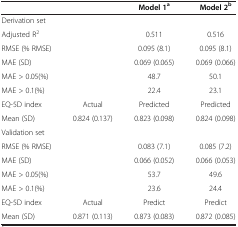
<table><thead><tr><td><b> </b></td><td><b> </b></td><td><b>Model 1<sup>a</sup></b></td><td><b>Model 2<sup>b</sup></b></td></tr></thead><tbody><tr><td>Derivation set</td><td> </td><td> </td><td> </td></tr><tr><td>Adjusted R<sup>2</sup></td><td> </td><td>0.511</td><td>0.516</td></tr><tr><td>RMSE (% RMSE)</td><td> </td><td>0.095 (8.1)</td><td>0.095 (8.1)</td></tr><tr><td>MAE (SD)</td><td> </td><td>0.069 (0.065)</td><td>0.069 (0.066)</td></tr><tr><td>MAE &gt; 0.05(%)</td><td> </td><td>48.7</td><td>50.1</td></tr><tr><td>MAE &gt; 0.1(%)</td><td> </td><td>22.4</td><td>23.1</td></tr><tr><td>EQ-5D index</td><td>Actual</td><td>Predicted</td><td>Predicted</td></tr><tr><td>Mean (SD)</td><td>0.824 (0.137)</td><td>0.823 (0.098)</td><td>0.824 (0.098)</td></tr><tr><td>Validation set</td><td> </td><td> </td><td> </td></tr><tr><td>RMSE (% RMSE)</td><td> </td><td>0.083 (7.1)</td><td>0.085 (7.2)</td></tr><tr><td>MAE (SD)</td><td> </td><td>0.066 (0.052)</td><td>0.066 (0.053)</td></tr><tr><td>MAE &gt; 0.05(%)</td><td> </td><td>53.7</td><td>49.6</td></tr><tr><td>MAE &gt; 0.1(%)</td><td> </td><td>23.6</td><td>24.4</td></tr><tr><td>EQ-5D index</td><td>Actual</td><td>Predict</td><td>Predict</td></tr><tr><td>Mean (SD)</td><td>0.871 (0.113)</td><td>0.873 (0.083)</td><td>0.872 (0.085)</td></tr></tbody></table>